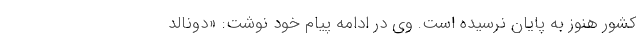
کشور هنوز به پایان نرسیده است. وی در ادامه پیام خود نوشت: «دونالد